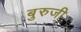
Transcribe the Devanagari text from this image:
बुरुजी